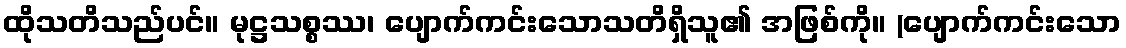
ထိုသတိသည်ပင်။ မုဋ္ဌသစ္စဿ၊ ပျောက်ကင်းသောသတိရှိသူ၏ အဖြစ်ကို။ (ပျောက်ကင်းသော